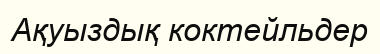
Ақуыздық коктейльдер